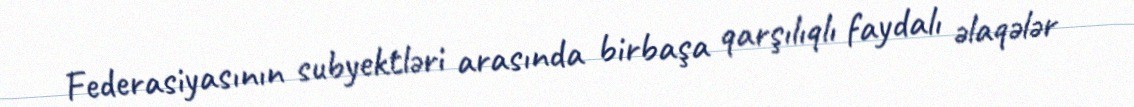
Federasiyasının subyektləri arasında birbaşa qarşılıqlı faydalı əlaqələr